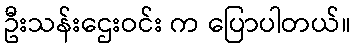
ဦးသန်းဌေးဝင်း က ပြောပါတယ်။